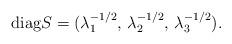
LaTeX: \begin{align*}{\rm diag} S= (\lambda_1^{-1/2},\, \lambda_2^{-1/2},\,\lambda_3^{-1/2}).\end{align*}